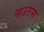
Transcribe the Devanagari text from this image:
सउरन